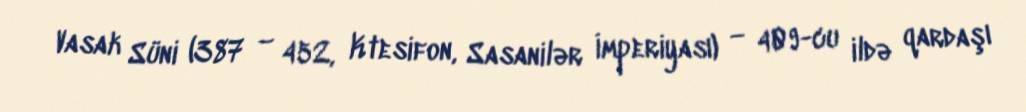
Vasak Süni (387 – 452, Ktesifon, Sasanilər İmperiyası) — 409-cu ildə qardaşı